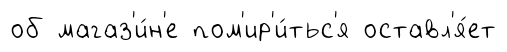
об магаз'и́н'е пом'ир'и́тьс'я оставл'я́ет